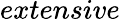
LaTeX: \textit{extensive}